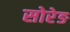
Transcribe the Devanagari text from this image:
सोरेङ